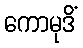
ကောမုဒိံ